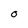
Character: 0